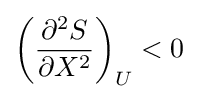
\left({\frac {\partial ^{2}S}{\partial X^{2}}}\right)_{U}<0